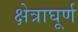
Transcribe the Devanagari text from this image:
क्षेत्राघूर्ण